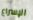
الإسراع